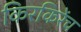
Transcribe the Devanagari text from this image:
किरकिरेंच